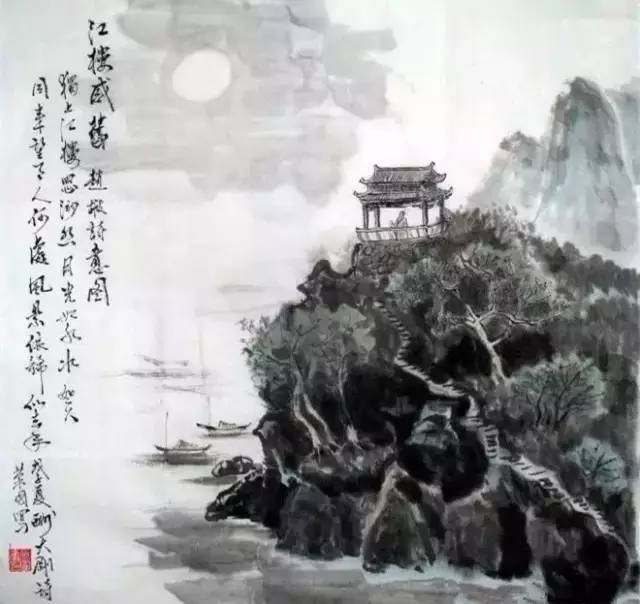
同来望月人何处？风景依稀似去年。